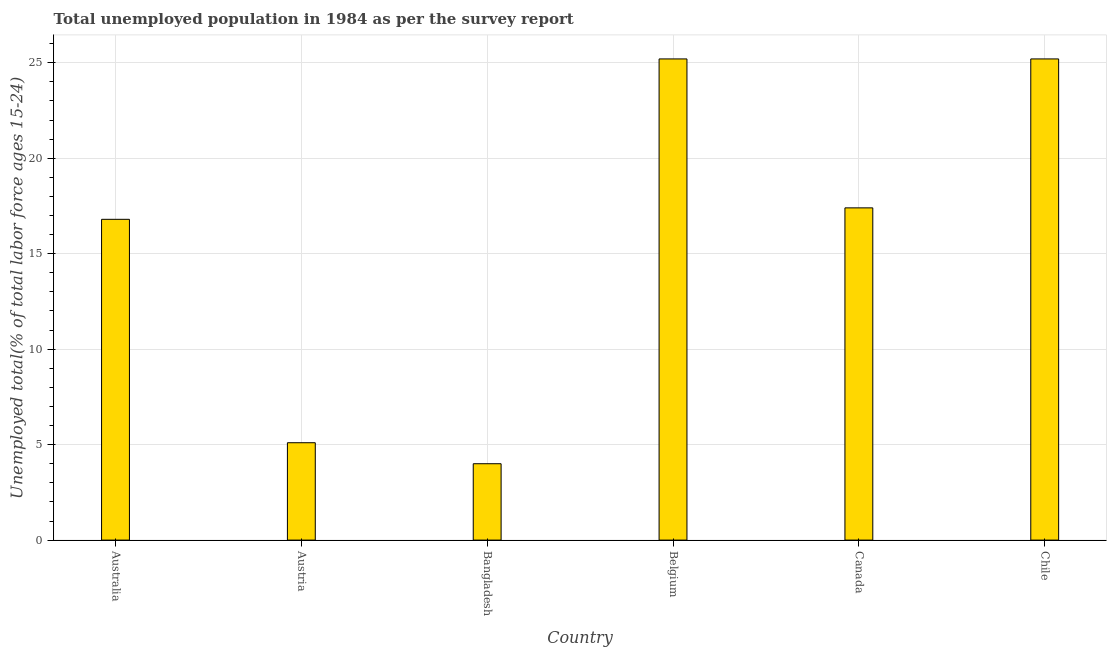
| Country | Unemployment youth total |
 | --- | --- |
 | Australia | 16.8 |
 | Austria | 5.1 |
 | Bangladesh | 4 |
 | Belgium | 25.2 |
 | Canada | 17.4 |
 | Chile | 25.2 |